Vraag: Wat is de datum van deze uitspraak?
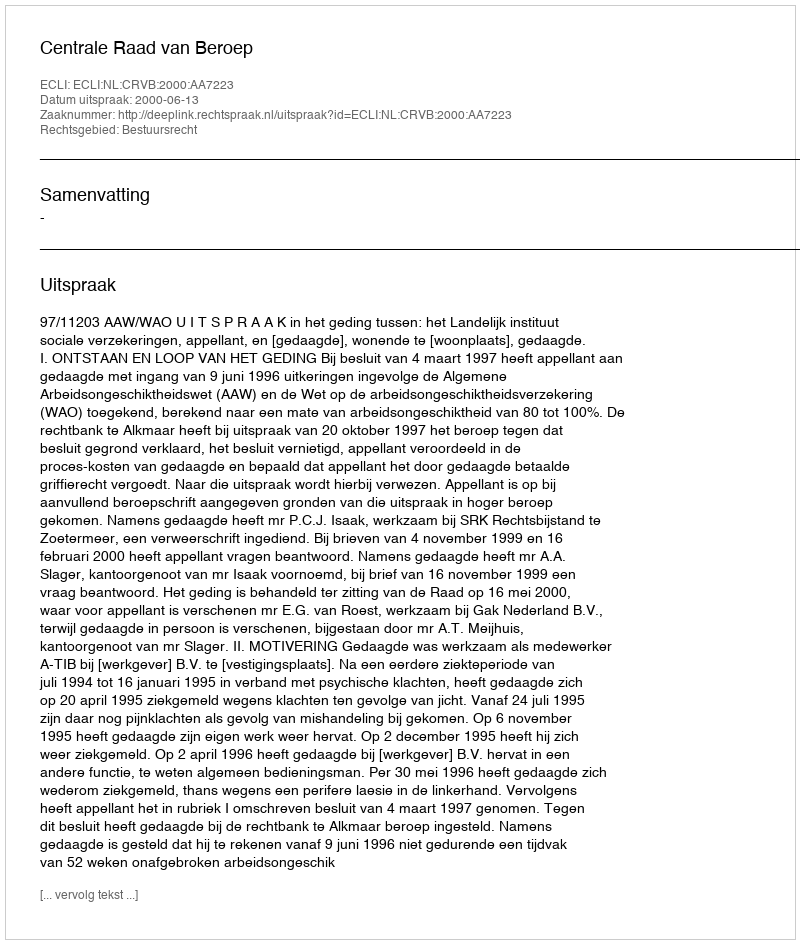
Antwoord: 2000-06-13